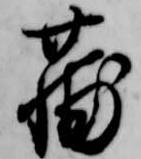
蒲